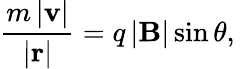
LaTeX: {\frac{m\left|\mathbf{v}\right|}{\left|\mathbf{r}\right|}}=q\left|\mathbf{B}\right|\sin\theta,\,